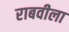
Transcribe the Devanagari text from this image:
राबवीला